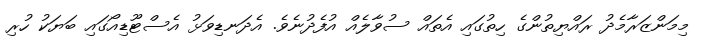
މިމަންޒަރާމެދު ރައްޔިތުންގެ ހިތުގައި އެތައް ސުވާލެއް އުފެދުނެވެ. އެދަނޑިވަޅު އެސްޓޫޑިއޯގައި ބަޔަކު ހުރި